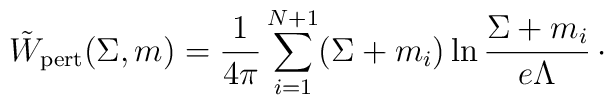
\tilde W_{\rm pert}(\Sigma ,m) = {1\over 4\pi}\sum_{i=1}^{N+1}(\Sigma + m_{i})\ln {\Sigma + m_{i}\over e\Lambda}\, \cdotp